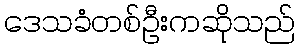
ဒေသခံတစ်ဦးကဆိုသည်